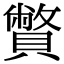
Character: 𧸁